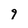
Character: 9